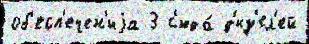
об'есп'ечен'иjа 3 с'юда́ д'из'ел'ей